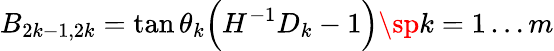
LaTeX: B_{2k-1,2k}=\tan\theta_{k}\Big(H^{-1}D_{k}-1\Big)\sp k=1\ldots m